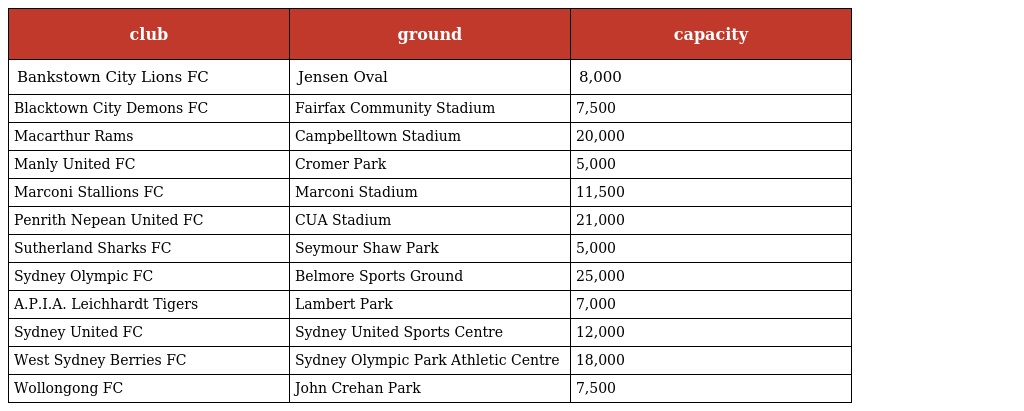
| club | ground | capacity |
 | --- | --- | --- |
 | Bankstown City Lions FC | Jensen Oval | 8,000 |
 | Blacktown City Demons FC | Fairfax Community Stadium | 7,500 |
 | Macarthur Rams | Campbelltown Stadium | 20,000 |
 | Manly United FC | Cromer Park | 5,000 |
 | Marconi Stallions FC | Marconi Stadium | 11,500 |
 | Penrith Nepean United FC | CUA Stadium | 21,000 |
 | Sutherland Sharks FC | Seymour Shaw Park | 5,000 |
 | Sydney Olympic FC | Belmore Sports Ground | 25,000 |
 | A.P.I.A. Leichhardt Tigers | Lambert Park | 7,000 |
 | Sydney United FC | Sydney United Sports Centre | 12,000 |
 | West Sydney Berries FC | Sydney Olympic Park Athletic Centre | 18,000 |
 | Wollongong FC | John Crehan Park | 7,500 |